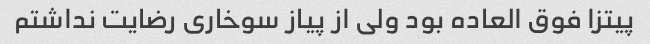
پیتزا فوق العاده بود ولی از پیاز سوخاری رضایت نداشتم